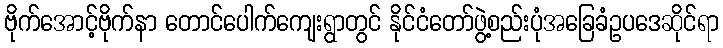
ဗိုက်အောင့်ဗိုက်နာ တောင်ပေါက်ကျေးရွာတွင် နိုင်ငံတော်ဖွဲ့စည်းပုံအခြေခံဥပဒေဆိုင်ရာ